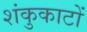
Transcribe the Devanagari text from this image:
शंकुकाटों